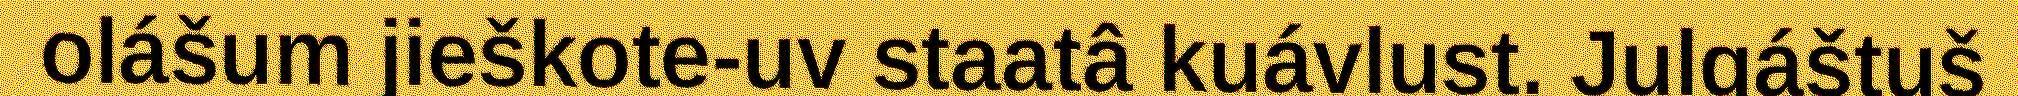
olášum jieškote-uv staatâ kuávlust. Julgáštuš